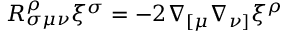
R _ { \sigma \mu \nu } ^ { \rho } \xi ^ { \sigma } = - 2 \nabla _ { [ \mu } \nabla _ { \nu ] } \xi ^ { \rho }